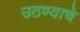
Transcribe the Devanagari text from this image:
उठण्याचे